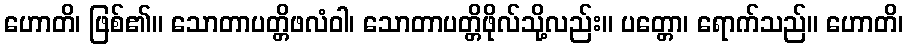
ဟောတိ၊ ဖြစ်၏။ သောတာပတ္တိဖလံဝါ၊ သောတာပတ္တိဖိုလ်သို့လည်း။ ပတ္တော၊ ရောက်သည်။ ဟောတိ၊